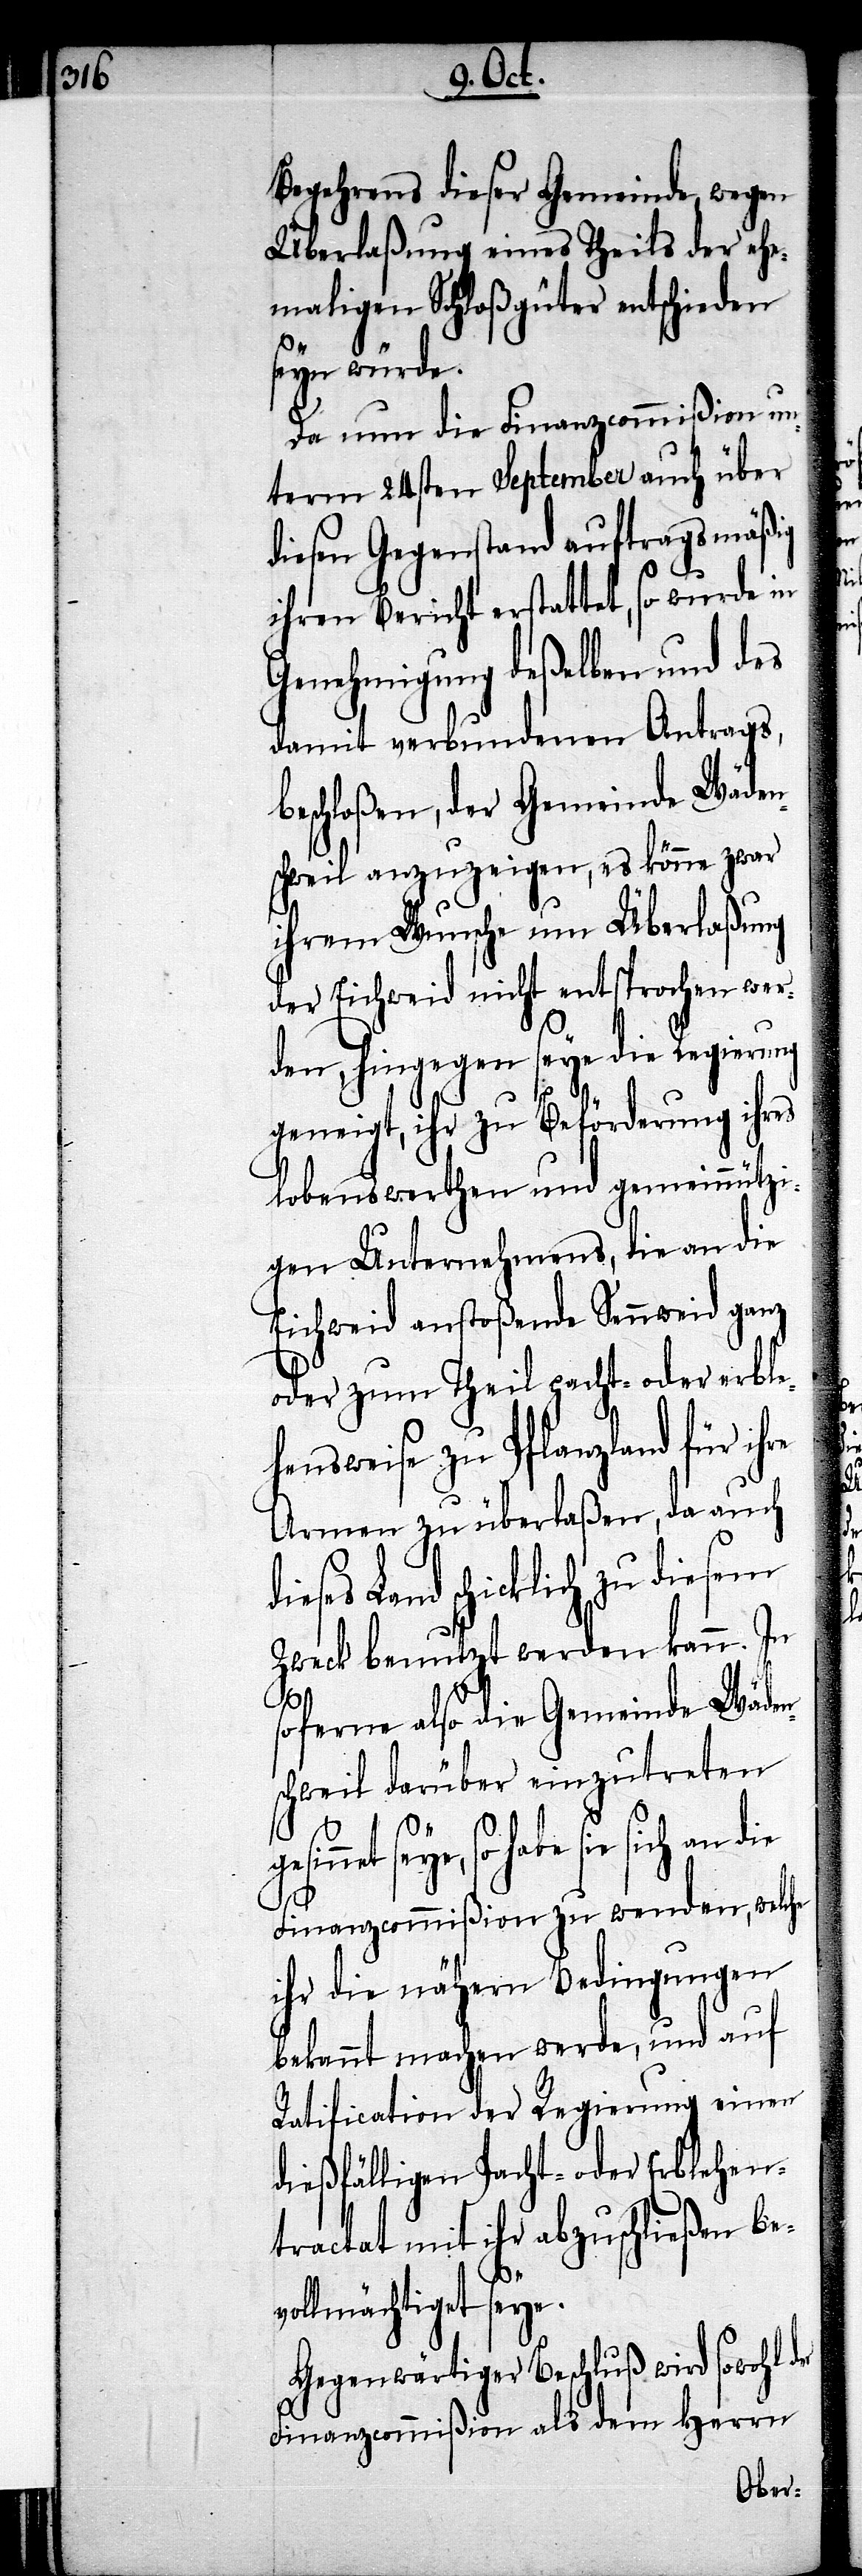
Begehrens dieser Gemeinde, wegen
Überlaßung eines Theils der ehe¬
maligen Schloßgüter entschieden
seyn würde.
Da nun die Finanzcommißion un¬
term 24sten September auch über
diesen Gegenstand auftragsmäßig
ihren Bericht erstattet, so wurde in
Genehmigung deßelben und des
damit verbundenen Antrags,
beschloßen, der Gemeinde Wäden¬
schweil anzuzeigen, es könne zwar
ihrem Wunsche um Überlaßung
der Eichweid nicht entsprochen wer¬
den, hingegen seye die Regierung
geneigt, ihr zu Beförderung ihr¬
lobenswerthen und gemeinnützi¬
gen Unternehmens, die an die
Eichweid anstoßende Sennweid ganz
oder zum Theil pacht- oder erble¬
hensweise zu Pflanzland für ihre
Armen zu überlaßen, da auch
schicklich zu diesem
Zweck benutzt werden kann. In
soferne also die Gemeinde Wäden¬
schweil darüber einzutreten
sie sich an die
Finanzcommißion zu wenden, welche
ihr die nähern Bedingungen
bekannt machen werde, und auf
Ratification der Regierung einen
dießfälligen Pacht- oder Erblehen¬
tractat mit ihr abzuschließen be¬
er
vollmächtigt seye.
Gegenwärtiger Beschluß wird sowohl d¬
Finanzcommißion als dem Herrn